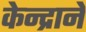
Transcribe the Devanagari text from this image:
केन्द्राने